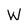
Character: W